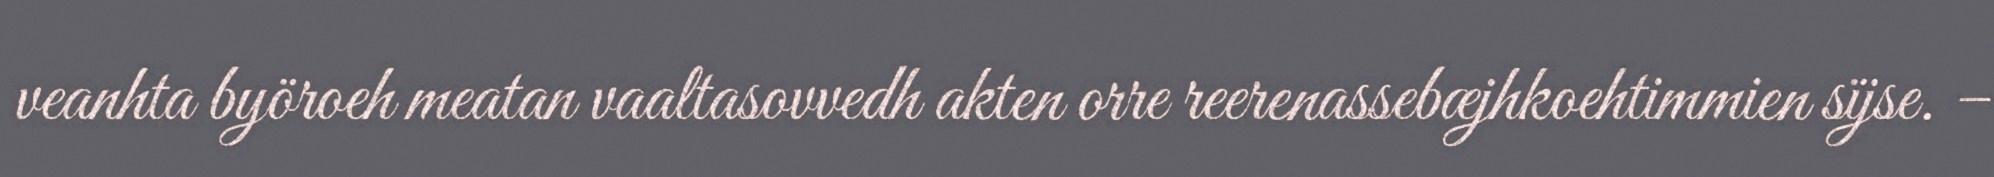
veanhta byöroeh meatan vaaltasovvedh akten orre reerenassebæjhkoehtimmien sïjse. –